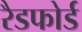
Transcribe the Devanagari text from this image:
रैडफोर्ड